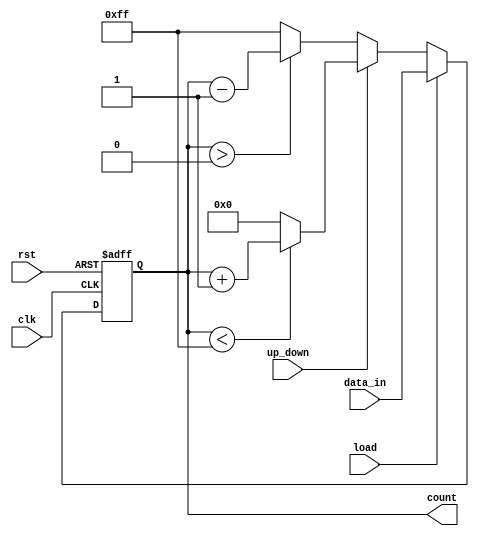
module up_down_counter #(
    parameter N = 8 // Specify the bit-width of the counter
)(
    input wire clk,          // Clock signal
    input wire rst,          // Asynchronous reset signal
    input wire up_down,      // Control signal for counting direction
    input wire load,         // Load signal to initialize the counter
    input wire [N-1:0] data_in, // Input data for loading the counter
    output reg [N-1:0] count // Current count value
);

    // Asynchronous reset and load functionality
    always @(posedge clk or posedge rst) begin
        if (rst) begin
            count <= 0; // Reset the counter to 0
        end else if (load) begin
            count <= data_in; // Load the counter with data_in
        end else begin
            if (up_down) begin
                // Count up
                if (count < (2**N - 1)) begin
                    count <= count + 1; // Increment the count
                end else begin
                    count <= 0; // Wrap around on overflow
                end
            end else begin
                // Count down
                if (count > 0) begin
                    count <= count - 1; // Decrement the count
                end else begin
                    count <= (2**N - 1); // Wrap around on underflow
                end
            end
        end
    end

endmodule